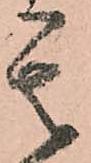
其